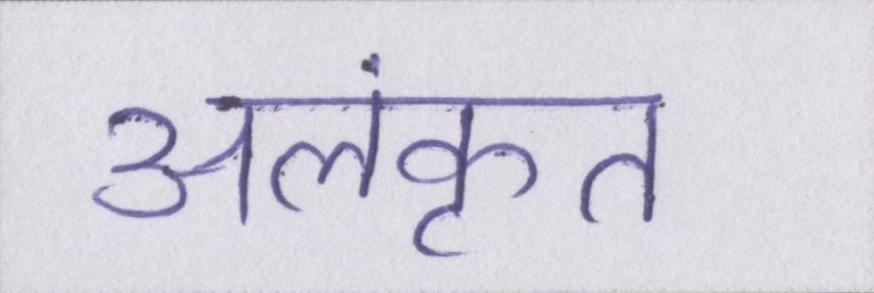
अलंकृत